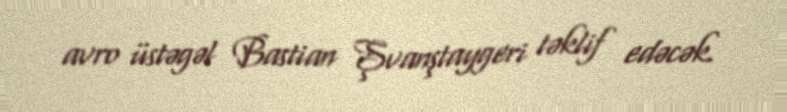
avro üstəgəl Bastian Şvanştaygeri təklif edəcək.